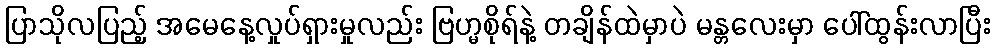
ပြာသိုလပြည့် အမေနေ့လှုပ်ရှားမှုလည်း ဗြဟ္မစိုရ်နဲ့ တချိန်ထဲမှာပဲ မန္တလေးမှာ ပေါ်ထွန်းလာပြီး